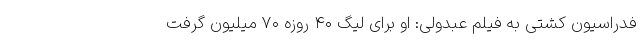
فدراسیون کشتی به فیلم عبدولی: او برای لیگِ ۴۰ روزه ۷۰ میلیون گرفت